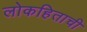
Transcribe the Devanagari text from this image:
लोकहिताची